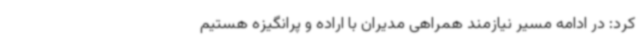
کرد: در ادامه مسیر نیازمند همراهی مدیران با اراده و پرانگیزه هستیم